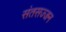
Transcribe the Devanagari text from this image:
संतसज्जन